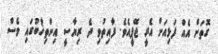
ގޮތަށް އެއް ފަޅިއަށް އެރީ ޖޭޕީއެވެ. ފާއިތުވި ދެ ރިޔާސީ އިންތިޚާބުގައި ވެސް